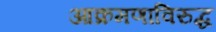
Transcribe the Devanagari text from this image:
आक्रमणाविरुद्ध